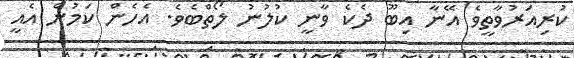
ކުރިއަރުވާތީވެ އޭނާ އިބޫ ދެކެ ވާނީ ކުލުނު ލޯތްބެވެ. އެހެން ކަމުން އެއީ